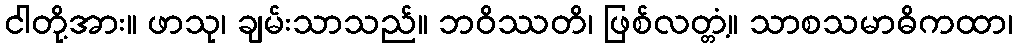
ငါတို့အား။ ဖာသု၊ ချမ်းသာသည်။ ဘဝိဿတိ၊ ဖြစ်လတ္တံ့။ သာစသမာဓိကထာ၊